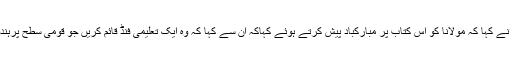
آج کل کے سابق ایڈیٹر شہباز حسین نے کہا کہ مولانا کو اس کتاب پر مبارکباد پیش کرتے ہوئے کہاکہ ان سے کہا کہ وہ ایک تعلیمی فنڈ قائم کریں جو قومی سطح پرہندوستانی مسلمانوں کے لئے مفید ہوں۔